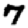
Digit: 7